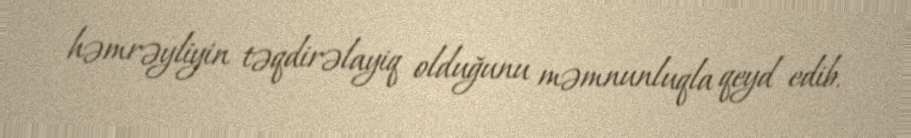
həmrəyliyin təqdirəlayiq olduğunu məmnunluqla qeyd edib.